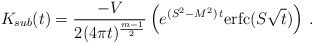
\begin{align*}K_{sub}(t)=\frac {-V}{2(4\pi t)^{\frac{m-1}2}} \left(e^{(S^2-M^2)\,t} {\rm erfc} (S\sqrt t )\right)\,. \end{align*}